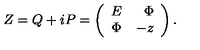
Z = Q + i P = \left( \begin{array} { c r c } { E } & { \Phi } \\ { \Phi } & { - z } \\ \end{array} \right) .